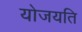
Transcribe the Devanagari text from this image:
योजयति